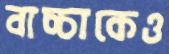
বাচ্চাকেও